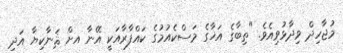
މުޖާހިދް ވިދާޅުވިއެވެ. "ތިބާގެ އަޚާގެ މަސްކެއުމުގެ ކައްފާރާއަކީ އޭނާ އށް ޘަނާކިޔާ އަދި